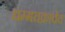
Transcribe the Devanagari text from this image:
धम्मचक्राचेच